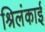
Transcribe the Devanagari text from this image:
श्रिलंकाई